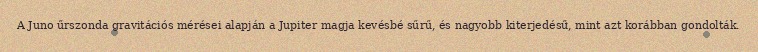
A Juno űrszonda gravitációs mérései alapján a Jupiter magja kevésbé sűrű, és nagyobb kiterjedésű, mint azt korábban gondolták.